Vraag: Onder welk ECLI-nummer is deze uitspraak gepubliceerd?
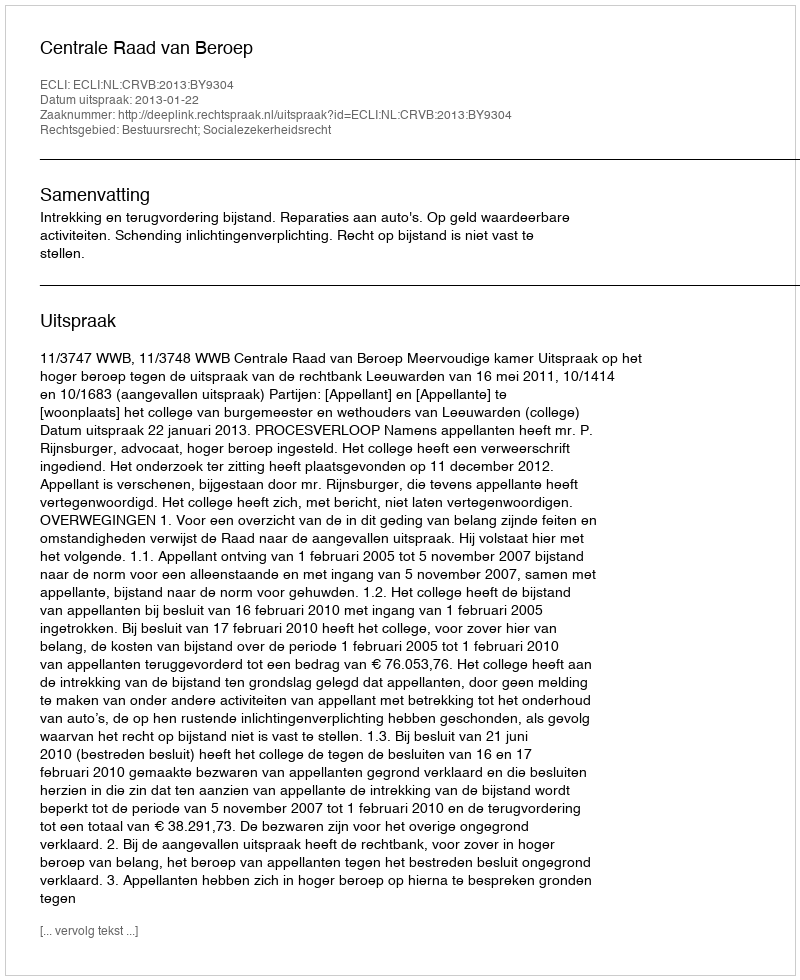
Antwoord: ECLI:NL:CRVB:2013:BY9304